Riigikantselei, lk 135
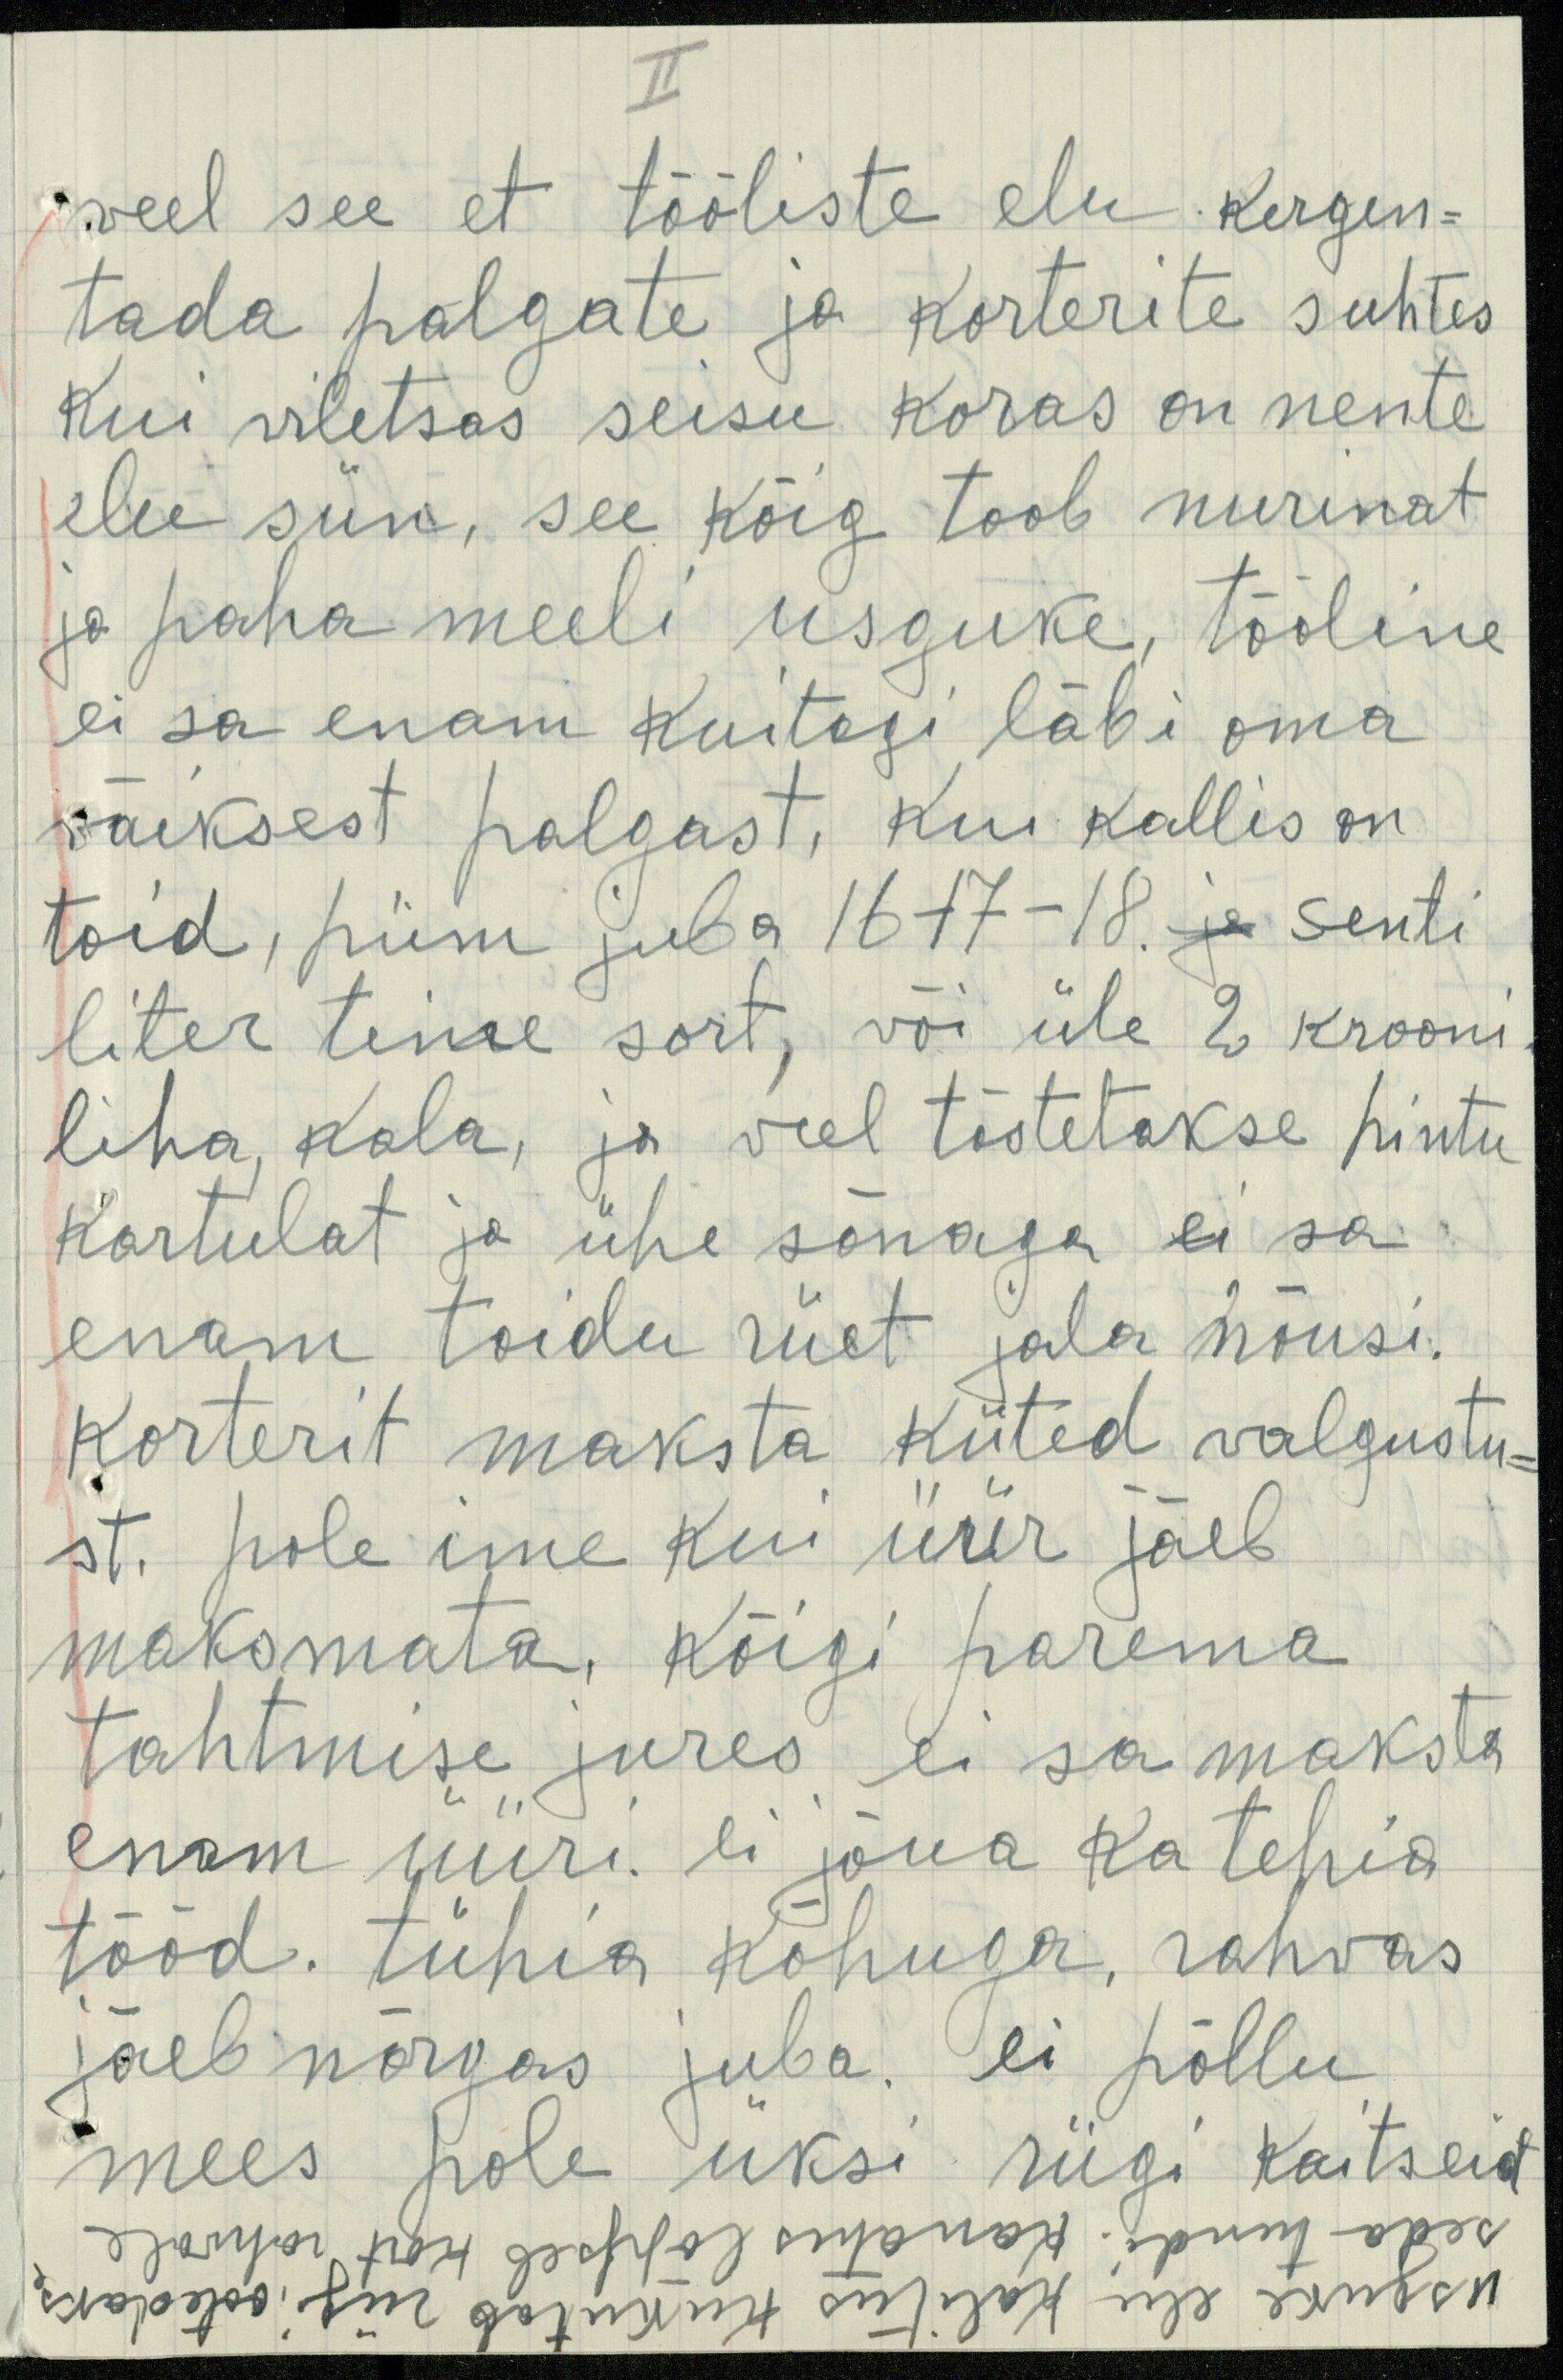
veel see et tööliste elu kergen-
tada palgate ja korterite suhtes
kui viletsas seisu koras on nente
elu siin, see kõig toob nurinat
ja paha meeli usguke, tööline
ei sa enam kuitagi läbi oma
väiksest palgast, kui kallis on
toid, piim juba 16-17-18. ja senti
liter teine sort, või üle 2 krooni
liha, kala, ja veel tõstetakse hintu
kartulat ja ühe sõnaga ei sa
enam toidu riiet jala nõusi.
korterit maksta küted valgustu-
st. pole ime kui üür jäeb
maksmata. Kõigi parema
tahtmise jures ei sa maksta
enam üüri. ei jõua ka tehia
tööd. tühia kõhuga, rahvas
jäeb nõrgas juba. ei põllu
mees pole üksi riigi kaitseid